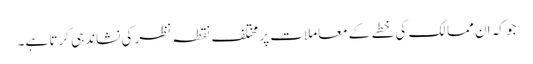
جو کہ ان ممالک کی خطے کے معاملات پر مختلف نقطہ نظر کی نشاندہی کرتا ہے۔